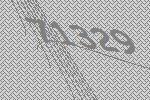
71329